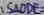
S _ { \Delta O D E } =